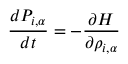
\frac { d P _ { i , \alpha } } { d t } = - \frac { \partial H } { \partial \rho _ { i , \alpha } }